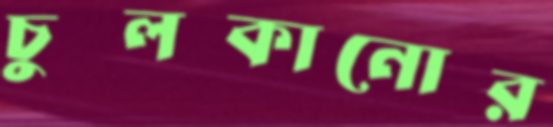
চুলকানোর